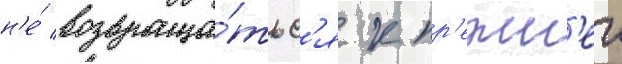
н'е́ возвраща́тьс'я к пр'ежн'еи